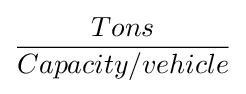
{\frac {Tons}{Capacity/vehicle}}